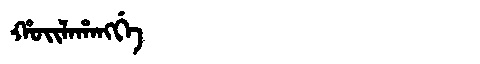
Manchu: ᡥᠣᡳᠯᠠᡥᠠᠩᡤᡝ
Romanization: HOILAHANGGE